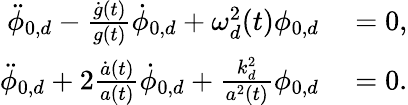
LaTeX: \begin{array}{rl}{\ddot{\phi}_{0,d}-\frac{\dot{g}(t)}{g(t)}\dot{\phi}_{0,d}+\omega_{d}^{2}(t)\phi_{0,d}}&{{}=0,}\\ {\ddot{\phi}_{0,d}+2\frac{\dot{a}(t)}{a(t)}\dot{\phi}_{0,d}+\frac{k_{d}^{2}}{a^{2}(t)}\phi_{0,d}}&{{}=0.}\end{array}